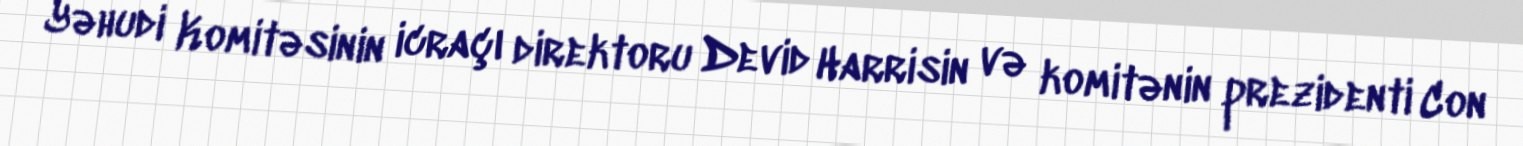
Yəhudi Komitəsinin icraçı direktoru Devid Harrisin və komitənin prezidenti Con